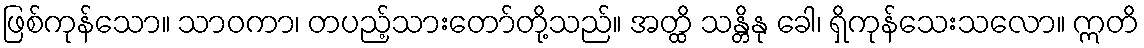
ဖြစ်ကုန်သော။ သာဝကာ၊ တပည့်သားတော်တို့သည်။ အတ္ထိ သန္တိနု ခေါ၊ ရှိကုန်သေးသလော။ ဣတိ